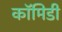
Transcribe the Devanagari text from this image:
कॉमिडी